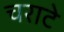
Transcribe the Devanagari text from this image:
चराटे